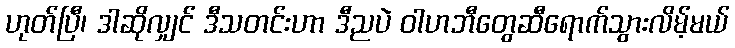
ဟုတ်ပြီ၊ ဒါဆိုလျှင် ဒီသတင်းဟာ ဒီညပဲ ဝါဟဘီတွေဆီရောက်သွားလိမ့်မယ်